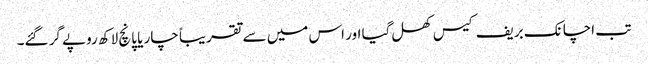
تب اچانک بریف کیس کھل گیا اور اس میں سے تقریباً چار یا پانچ لاکھ روپے گر گئے۔